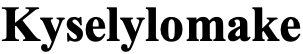
Kyselylomake